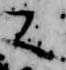
又